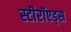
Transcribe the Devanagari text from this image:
स्टीरॉएड्स